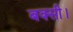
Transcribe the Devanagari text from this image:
बक्सी।